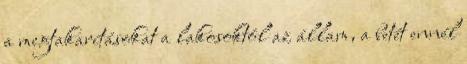
a megtakarításokat a lakosoktól az állam, a betét ennél